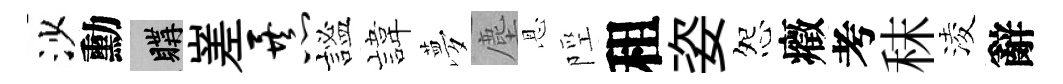
沙勳購嵳暴謐旗夢塵恩陘租姿怨癥考秣淩辭